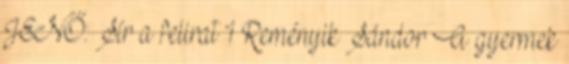
JENŐ: Sír a felirat 1 Reményik Sándor A gyermek